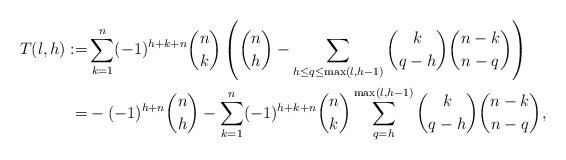
LaTeX: \begin{align*}T(l,h) := &\sum_{k =1}^n(-1)^{h+k+n}{n\choose k}\left({n\choose h}-\sum_{h\le q\le \max(l,h-1)}{k\choose q-h}{n-k\choose n-q}\right)\\=&-(-1)^{h+n}{n\choose h}- \sum_{k =1}^n(-1)^{h+k+n}{n\choose k}\sum_{q=h}^{\max(l,h-1)}{k\choose q-h}{n-k\choose n-q},\end{align*}